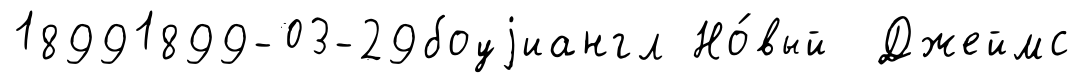
18991899-03-29боуjиангл Но́вый Джеймс